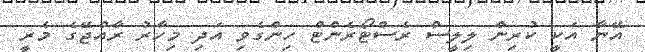
އޭނާ އަކީ ކުރިން ލިލީސް ރެސްޓޯރެންޓް ހިންގެވި އަދި މިހާރު ރާއްޖޭގެ މެރީ